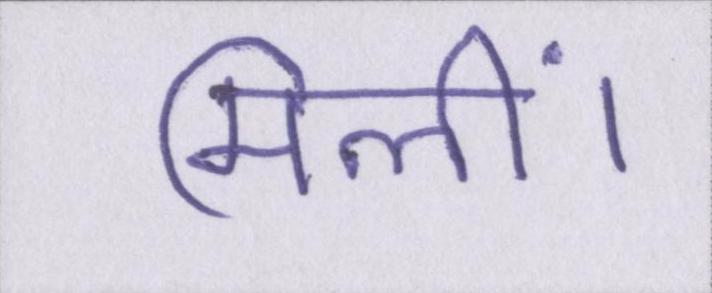
मिलीं।